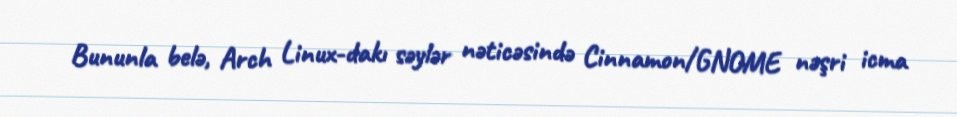
Bununla belə, Arch Linux-dakı səylər nəticəsində Cinnamon/GNOME nəşri icma